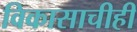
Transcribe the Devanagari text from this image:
विकासाचीही